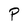
Character: P